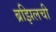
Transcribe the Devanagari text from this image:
ब्रझिलची